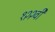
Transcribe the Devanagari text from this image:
१२२वी